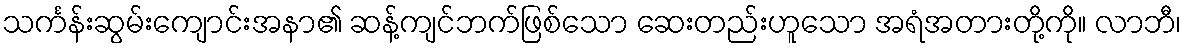
သင်္ကန်းဆွမ်းကျောင်းအနာ၏ ဆန့်ကျင်ဘက်ဖြစ်သော ဆေးတည်းဟူသော အရံအတားတို့ကို။ လာဘီ၊